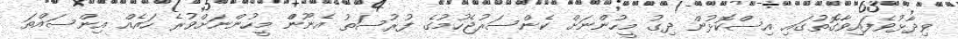
ވިދާޅުވެފައިވާގޮތުގައި އިސްކޮޅުން ދިގު މީހުންނަށް ކެންސަރުޖެހުމުގެ ފުރުސަތު އެނޫންް މީހުންނަށްވުރެ ހައެއް އިންސައްތަ